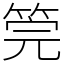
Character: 筦